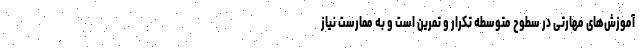
آموزش‌های مهارتی در سطوح متوسطه تکرار و تمرین است و به ممارست نیاز